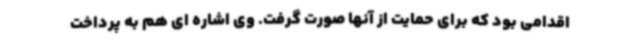
اقدامی بود که برای حمایت از آنها صورت گرفت. وی اشاره ای هم به پرداخت